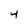
Character: 4